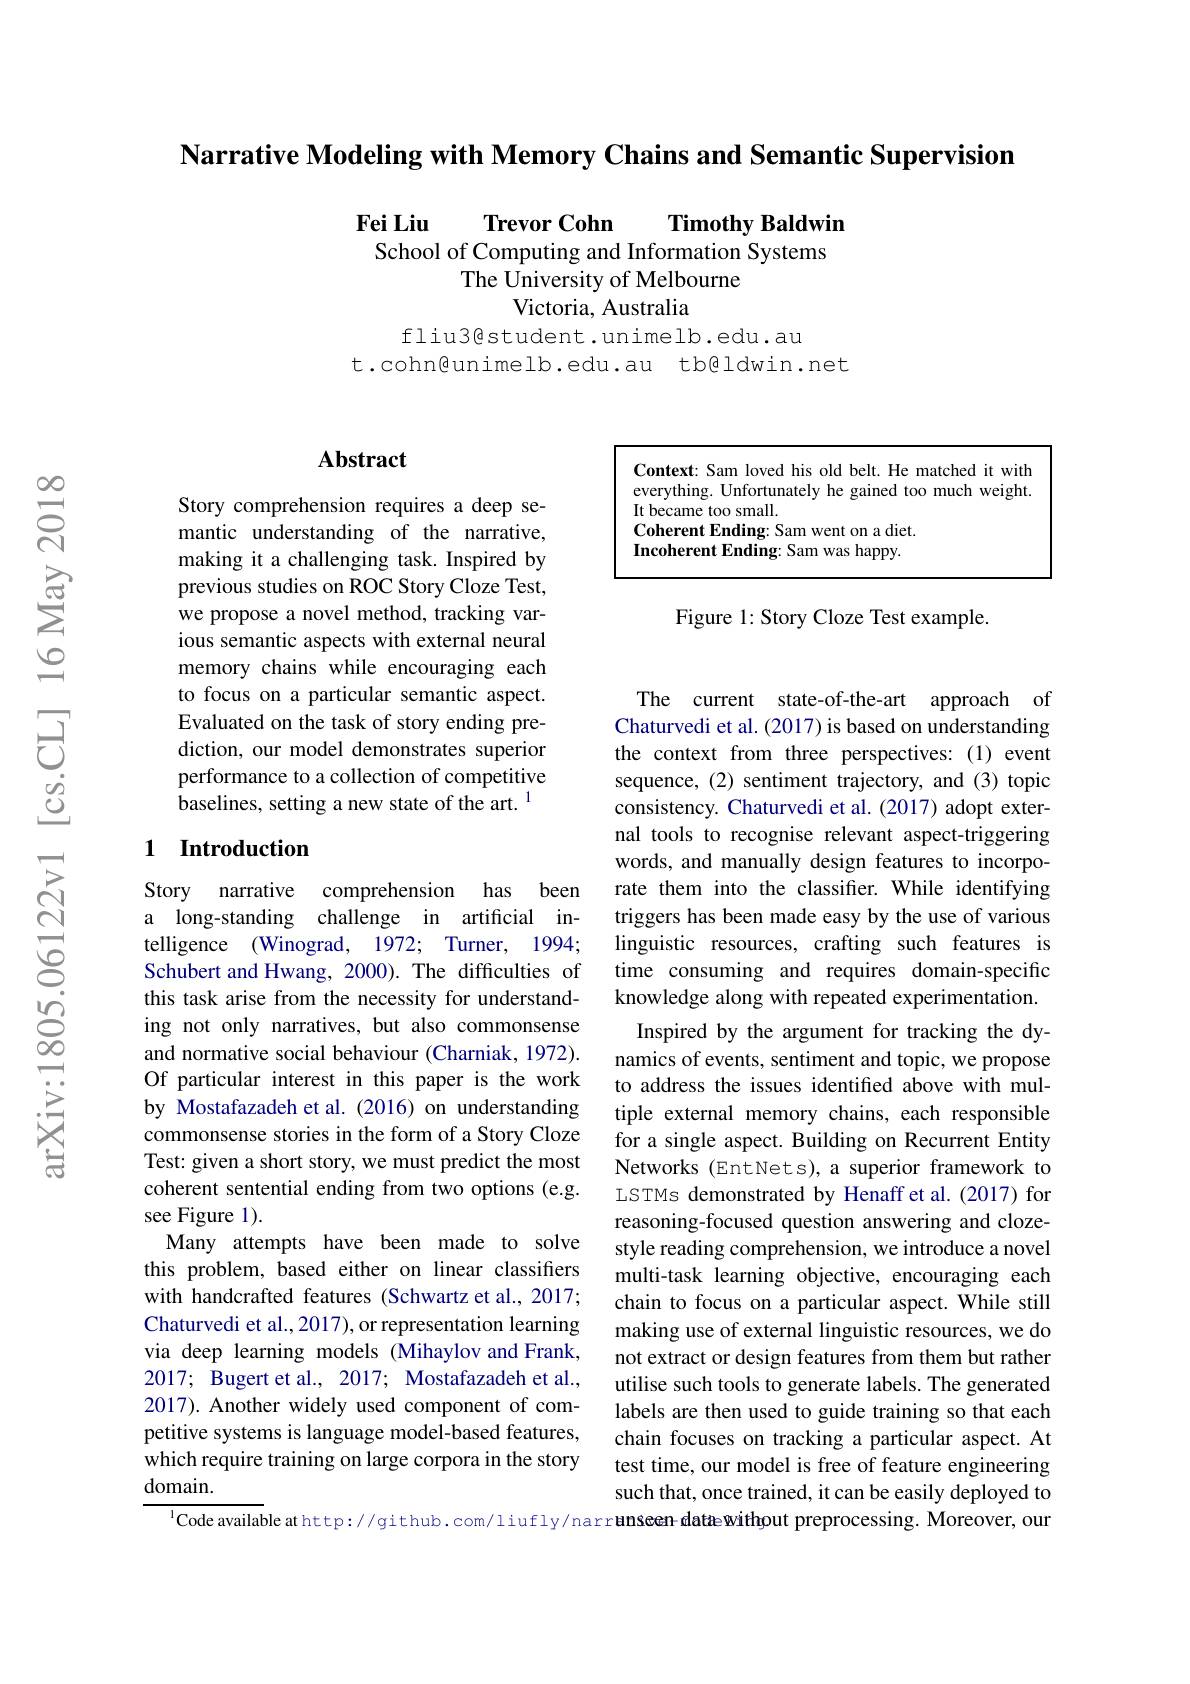
Narrative Modeling with Memory Chains and Semantic Supervision

$\textbf{Fei Liu}$ $\textbf{Trevor Cohn}$
$\mathbf{Timothy}\textbf{Baldwin}$
School of Computing and Information Systems
The University of Melbourne
Victoria, Australia

fliu3@student.unimelb.edu.au
t.cohn@unimelb.edu.au tb@ldwin.net

## Abstract

Story comprehension requires a deep semantic understanding of the narrative, making it a challenging task. Inspired by previous studies on ROC Story Cloze Test, we propose a novel method, tracking various semantic aspects with external neural memory chains while encouraging each to focus on a particular semantic aspect. Evaluated on the task of story ending prediction, our model demonstrates superior performance to a collection of competitive baselines, setting a new state of the art. 1

### 1 Introduction

Story narrative comprehension has been a long-standing challenge in artificial intelligence (Winograd, 1972; Turner, 1994; Schubert and Hwang, 2000). The difficulties of this task arise from the necessity for understanding not only narratives, but also commonsense and normative social behaviour (Charniak, 1972). Of particular interest in this paper is the work by Mostafazadeh et al.(2016) on understanding commonsense stories in the form of a Story Cloze Test: given a short story, we must predict the most coherent sentential ending from two options (e.g. see Figure 1).
Many attempts have been made to solve this problem, based either on linear classifiers with handcrafted features (Schwartz et al., 2017; Chaturvedi et al.,2017),or representation learning via deep learning models (Mihaylov and Frank, 2017; Bugert et al., 2017; Mostafazadeh et al., 2017). Another widely used component of competitive systems is language model-based features, which require training on large corpora in the story domain.

<FigureHere>

Figure 1: Story Cloze Test example.

The current state-of-the-art approach of Chaturvedi et al.(2017) is based on understanding the context from three perspectives:(1) event sequence, (2) sentiment trajectory, and (3) topic consistency. Chaturvedi et al. (2017) adopt external tools to recognise relevant aspect-triggering words, and manually design features to incorporate them into the classifier. While identifying triggers has been made easy by the use of various linguistic resources, crafting such features is time consuming and requires domain-specific knowledge along with repeated experimentation. Inspired by the argument for tracking the dy-
namics of events, sentiment and topic, we propose to address the issues identified above with multiple external memory chains, each responsible for a single aspect. Building on Recurrent Entity Networks (EntNets),a superior framework to LSTMs demonstrated by Henaff et al.(2017) for reasoning-focused question answering and clozestyle reading comprehension, we introduce a novel multi-task learning objective, encouraging each chain to focus on a particular aspect. While still making use of external linguistic resources, we do not extract or design features from them but rather utilise such tools to generate labels. The generated labels are then used to guide training so that each chain focuses on tracking a particular aspect. At test time, our model is free of feature engineering such that, once trained, it can be easily deployed to
$^{1}$Code available at http://github.com/liufly/narranseen dataewithout preprocessing. Moreover, our